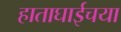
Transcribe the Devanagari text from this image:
हाताघाईचया